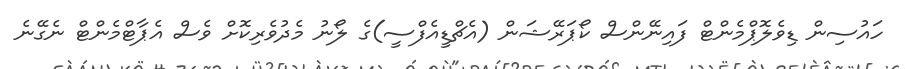
ހައުސިން ޑިވެލޮޕްމެންޓް ފައިނޭންސް ކޯޕަރޭޝަން (އެޗްޑީއެފްސީ)ގެ ލޯނު މެދުވެރިކޮށް ވެސް އެޕާޓްމެންޓް ނެގޭނެ